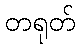
တရုတ်